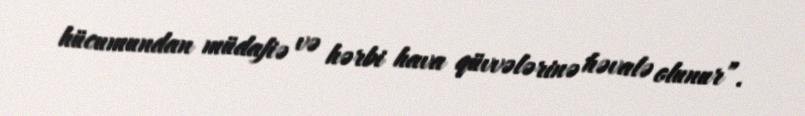
hücumundan müdafiə və hərbi hava qüvvələrinə həvalə olunur”.